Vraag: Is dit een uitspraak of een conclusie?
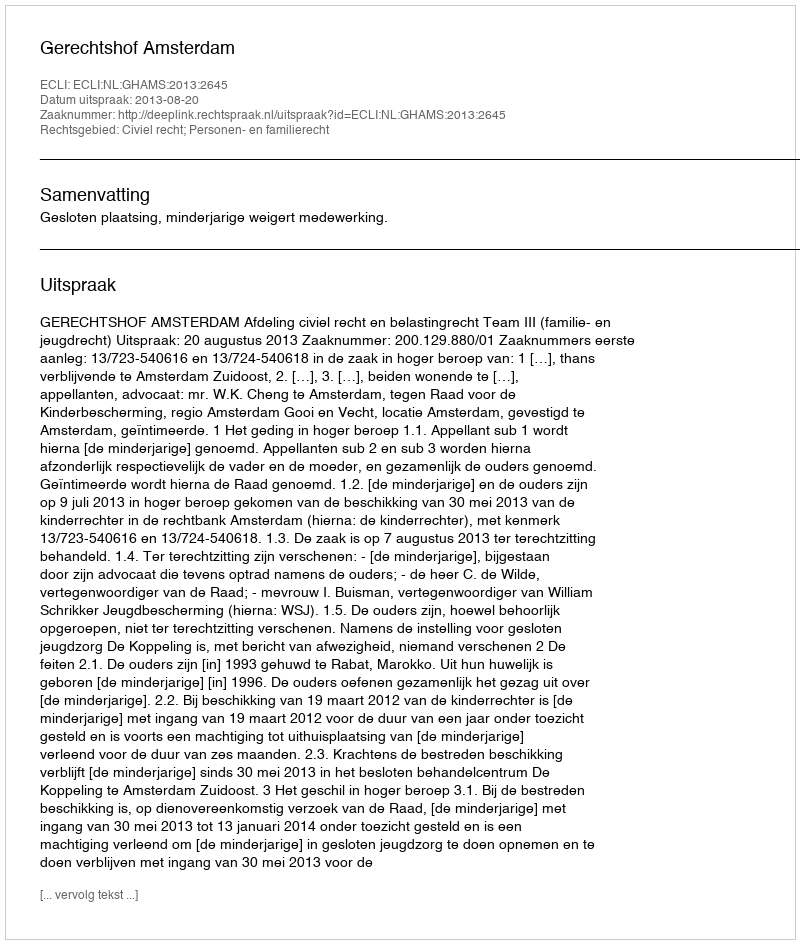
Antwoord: Uitspraak